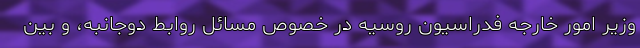
وزیر امور خارجه فدراسیون روسیه در خصوص مسائل روابط دوجانبه، و بین